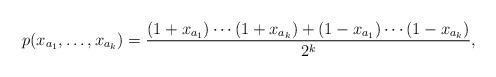
LaTeX: \begin{align*}p(x_{a_1},\dots,x_{a_k}) = \displaystyle \frac{(1+x_{a_1})\cdots(1+x_{a_k})+(1-x_{a_1})\cdots(1-x_{a_k})}{2^k}, \end{align*}